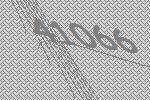
41066